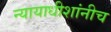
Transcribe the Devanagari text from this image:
न्यायाधीशांनीच